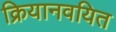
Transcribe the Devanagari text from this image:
क्रियानवयित